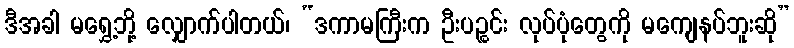
ဒီအခါ မရွှေ့ဘို့ လျှောက်ပါတယ်၊ “ဒကာမကြီးက ဦးပဉ္စင်း လုပ်ပုံတွေကို မကျေနပ်ဘူးဆို”